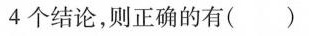
4个结论，则正确的有（ ）